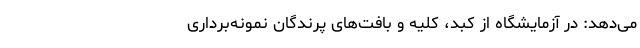
می‌دهد: در آزمایشگاه از کبد، کلیه و بافت‌های پرندگان نمونه‌برداری